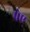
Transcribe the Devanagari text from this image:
प्रेए